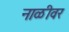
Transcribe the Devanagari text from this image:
नाळीवर